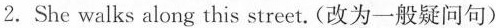
2. She walks along this street.(改为一般疑问句)